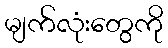
မျက်လုံးတွေကို